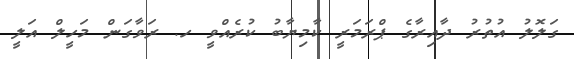
ގަލޮލު އުތުރު ދާއިރާގެ ޕްރަމަރީ ކާމިޔާބު ކުރެއްވީ ހ. ރަވާގަން މަހީލް އަލީ